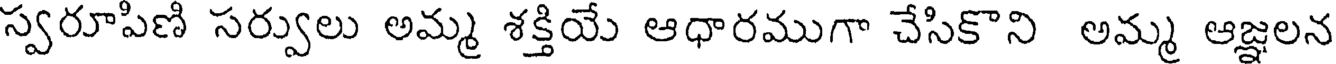
స్వరూపిణి సర్వులు అమ్మ శక్తియే ఆధారముగా చేసికొని అమ్మ ఆజ్ఞలన